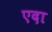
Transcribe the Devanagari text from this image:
एदा